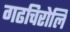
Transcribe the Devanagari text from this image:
गढचिरोलि